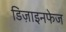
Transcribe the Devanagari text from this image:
डिज़ाइनफेज